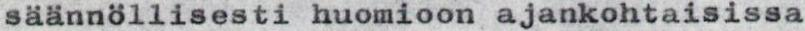
säännöllisesti huomioon ajankohtaisissa